Civil Veterinary Department. Madras. Admin. report 1926-33 - 1926-1933
Year: 1926
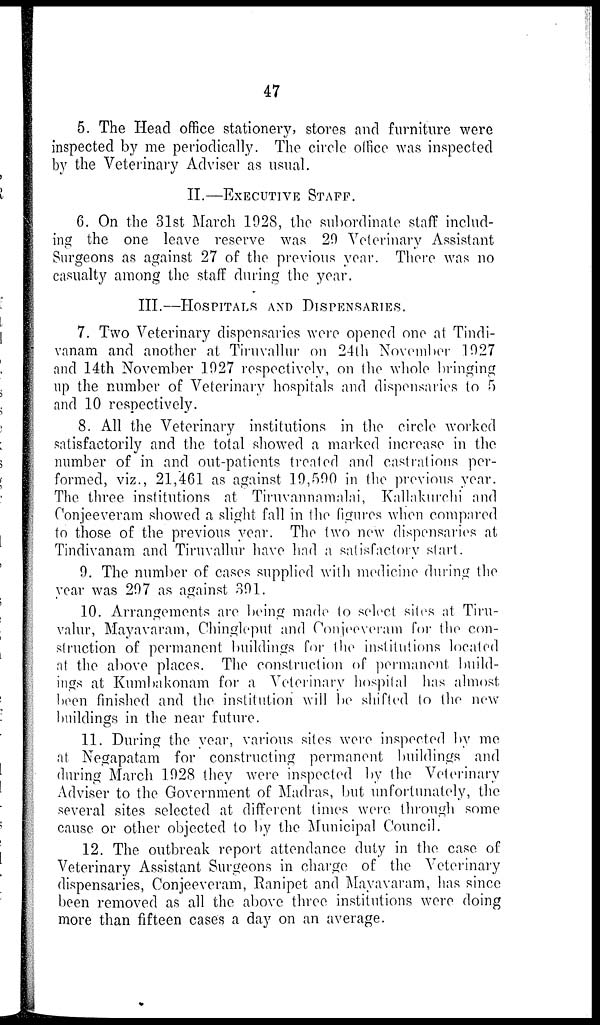
47
5. The Head office stationery, stores and furniture were
inspected by me periodically. The circle office was inspected
by the Veterinary Adviser as usual.
II.—EXECUTIVE STAFF.
6. On the 31st March 1928, the subordinate staff includ-
ing the one leave reserve was 29 Veterinary Assistant
Surgeons as against 27 of the previous year. There was no
casualty among the staff during the year.
III.—HOSPITAL AND DISPENSARIES.
7. Two Veterinary dispensaries were opened one at Tindi-
vanam and another at Tiruvallur on 24th November 1927
and 14th November 1927 respectively, on the whole bringing
up the number of Veterinary hospitals and dispensaries to 5
and 10 respectively.
8. All the Veterinary institutions in the circle worked
satisfactorily and the total showed a marked increase in the
number of in and out-patients treated and castrations per-
formed, viz., 21,461 as against 19,590 in the previous year.
The three institutions at Tiruvannamalai, Kallakurchi and
Conjeeveram showed a slight fall in the figures when compared
to those of the previous year. The two new dispensaries at
Tindivanam and Tiruvallur have had a satisfactory start.
9. The number of cases supplied with medicine during the
year was 297 as against 391.
10. Arrangements are being made to select sites at Tiru-
valur, Mayavaram, Chingleput and Conjeeveram for the con-
struction of permanent buildings for the institutions located
at the above places. The construction of permanent build-
ings at Kumbakonam for a Veterinary hospital has almost
been finished and the institution will be shifted to the new
buildings in the near future.
11. During the year, various sites were inspected by me
at Negapatam for constructing permanent buildings and
during March 1928 they were inspected by the Veterinary
Adviser to the Government of Madras, but unfortunately, the
several sites selected at different times were through some
cause or other objected to by the Municipal Council.
12. The outbreak report attendance duty in the case of
Veterinary Assistant Surgeons in charge of the Veterinary
dispensaries, Conjeeveram, Ranipet and Mayavaram, has since
been removed as all the above three institutions were doing
more than fifteen cases a day on an average.